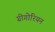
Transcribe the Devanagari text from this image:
ग्रीगोरियन